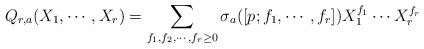
LaTeX: \begin{align*} Q_{r,a}(X_1,\cdots,X_r)=\sum_{f_1,f_2,\cdots,f_r\ge0} \sigma_a([p; f_1,\cdots,f_r])X_1^{f_1}\cdots X_r^{f_r}\end{align*}